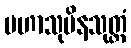
မဟာသုပိနသုတ္တံ